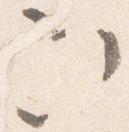
次